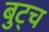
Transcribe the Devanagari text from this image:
बुट्च